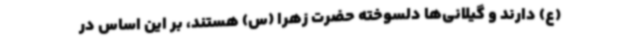
(ع) دارند و گیلانی‌ها دلسوخته حضرت زهرا (س) هستند، بر این اساس در